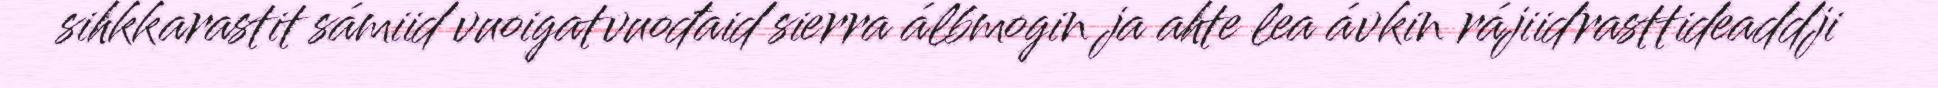
sihkkarastit sámiid vuoigatvuođaid sierra álbmogin ja ahte lea ávkin rájiidrasttideaddji